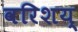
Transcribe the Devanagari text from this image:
वरिशय्